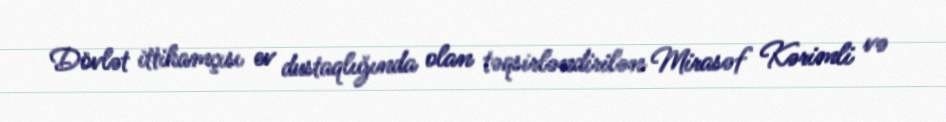
Dövlət ittihamçısı ev dustaqlığında olan təqsirləndirilən Mirasəf Kərimli və